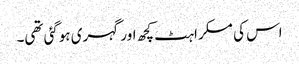
اس کی مسکراہٹ کچھ اور گہری ہوگئی تھی۔